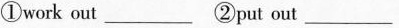
①work out ___ ②put out ___